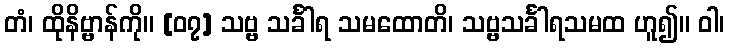
တံ၊ ထိုနိဗ္ဗာန်ကို။ [၀၇] သဗ္ဗ သင်္ခါရ သမထောတိ၊ သဗ္ဗသင်္ခါရသမထ ဟူ၍။ ဝါ၊